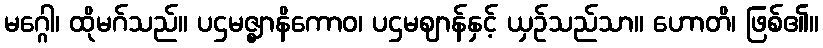
မဂ္ဂေါ၊ ထိုမဂ်သည်။ ပဌမဇ္ဈာနိကောဝ၊ ပဌမဈာန်နှင့် ယှဉ်သည်သာ။ ဟောတိ၊ ဖြစ်၏။